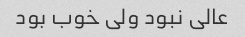
عالی نبود ولی خوب بود